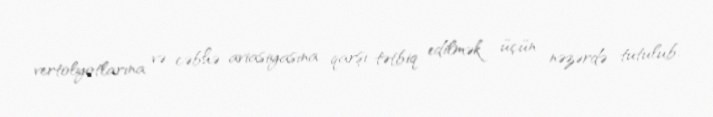
vertolyotlarına və cəbhə aviasiyasına qarşı tətbiq edilmək üçün nəzərdə tutulub.